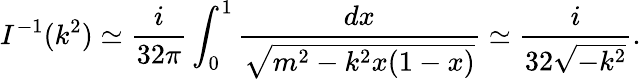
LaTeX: I^{-1}(k^{2})\simeq\frac{i}{32\pi}\int_{0}^{1}\frac{dx}{\sqrt{m^{2}-k^{2}x(1-x)}}\simeq\frac{i}{32\sqrt{-k^{2}}}.